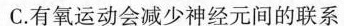
C.有氧运动会减少神经元间的联系